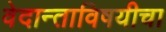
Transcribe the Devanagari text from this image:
वेदान्ताविषयीचा